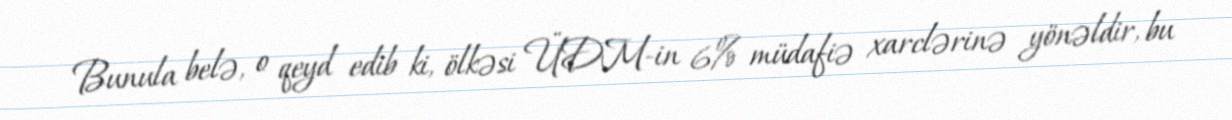
Bunula belə, o qeyd edib ki, ölkəsi ÜDM-in 6% müdafiə xarclərinə yönəldir, bu